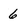
Character: 6